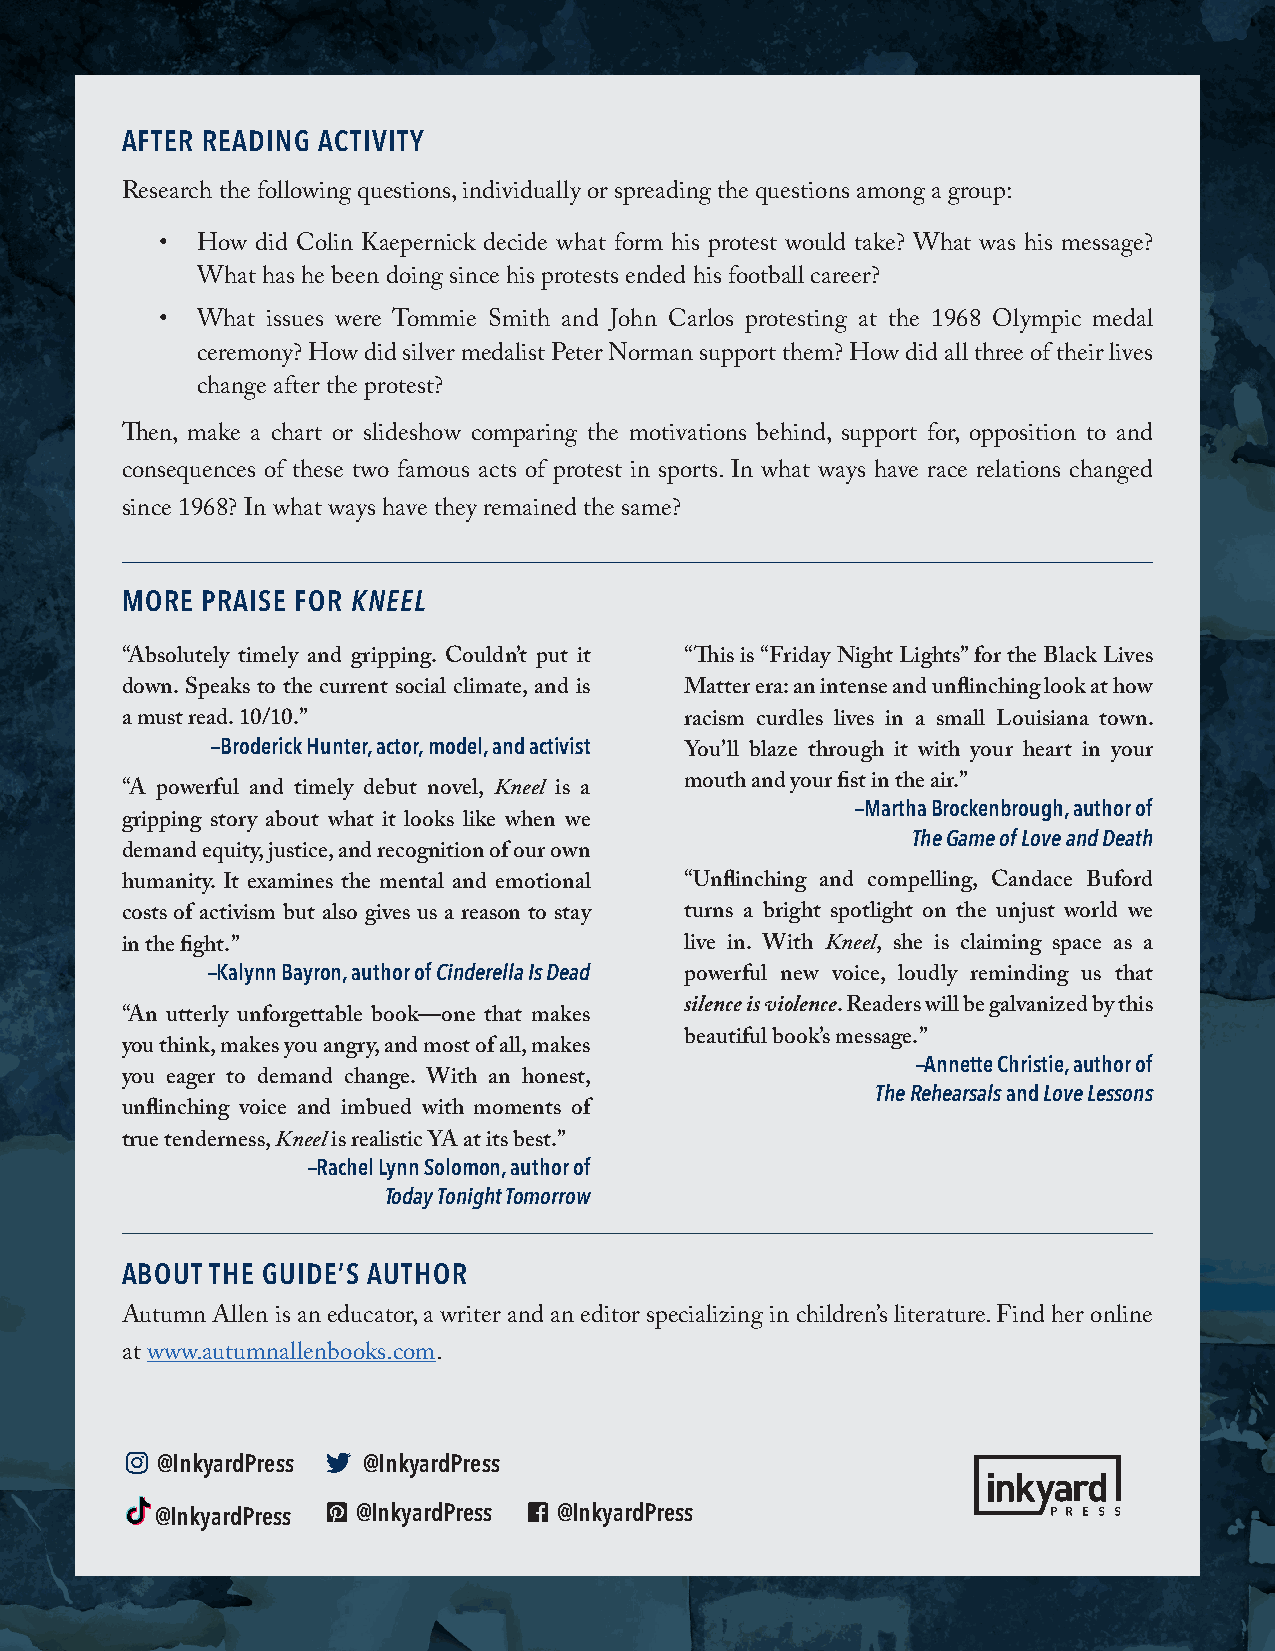
AFTER READING ACTIVITY
 Research the following questions, individually or spreading the questions among a group:
 • How did Colin Kaepernick decide what form his protest would take? What was his message?
 What has he been doing since his protests ended his football career?
 • What issues were Tommie Smith and John Carlos protesting at the 1968 Olympic medal
 ceremony? How did silver medalist Peter Norman support them? How did all three of their lives
 change after the protest?
 Then, make a chart or slideshow comparing the motivations behind, support for, opposition to and
 consequences of these two famous acts of protest in sports. In what ways have race relations changed
 since 1968? In what ways have they remained the same?
 MORE PRAISE FOR KNEEL
 “Absolutely timely and gripping. Couldn’t put it “This is “Friday Night Lights” for the Black Lives
 down. Speaks to the current social climate, and is Matter era: an intense and unflinching look at how
 a must read. 10/10.”                 racism curdles lives in a small Louisiana town.
 —Broderick Hunter, actor, model, and activist
 You’ll blaze through it with your heart in your
 mouth and your fist in the air.”
 “A powerful and timely debut novel, Kneel is a
 —Martha Brockenbrough, author of
 gripping story about what it looks like when we
 The Game of Love and Death
 demand equity, justice, and recognition of our own
 humanity. It examines the mental and emotional “Unflinching and compelling, Candace Buford
 costs of activism but also gives us a reason to stay turns a bright spotlight on the unjust world we
 in the fight.”                       live in. With Kneel, she is claiming space as a
 —Kalynn Bayron, author of Cinderella Is Dead powerful new voice, loudly reminding us that
 silence is violence. Readers will be galvanized by this
 “An utterly unforgettable book—one that makes
 beautiful book’s message.”
 you think, makes you angry, and most of all, makes
 —Annette Christie, author of
 you eager to demand change. With an honest,
 The Rehearsals and Love Lessons
 unflinching voice and imbued with moments of
 true tenderness, Kneel is realistic YA at its best.”
 —Rachel Lynn Solomon, author of
 Today Tonight Tomorrow
 ABOUT THE GUIDE’S AUTHOR
 Autumn Allen is an educator, a writer and an editor specializing in children’s literature. Find her online
 at www.autumnallenbooks.com.
 Instagram     Twitter
 @InkyardPress @InkyardPress
 Pinterest-square facebook-square
 @InkyardPress @InkyardPress @InkyardPress